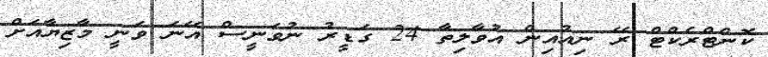
ކޮންޓްރެކްޓް ރޭ ނިއުއިން އުވާލިތާ 24 ގަޑީރު ނުވަނީސް އޭނަ ވަނީ މާޒިޔާއަށް